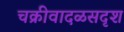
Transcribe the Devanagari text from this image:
चक्रीवादळसदृश